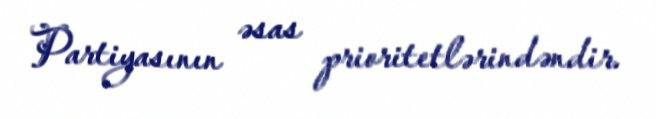
Partiyasının əsas prioritetlərindəndir.